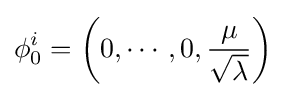
\phi _{0}^{i}=\left(0,\cdots ,0,{\frac {\mu }{\sqrt {\lambda }}}\right)